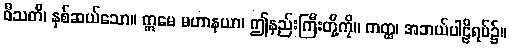
ဝီသတိ၊ နှစ်ဆယ်သော။ ဣမေ မဟာနယာ၊ ဤနည်းကြီးတို့ကို။ ကတ္ထ၊ အဘယ်ပါဠိရပ်၌။